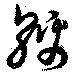
綿